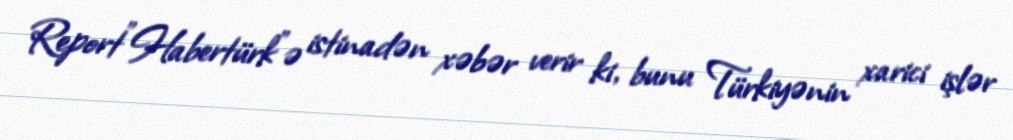
Report"Habertürk"ə istinadən xəbər verir ki, bunu Türkiyənin xarici işlər